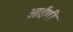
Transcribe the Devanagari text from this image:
आईगी